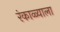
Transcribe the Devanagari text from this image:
रंकाळ्याला